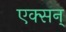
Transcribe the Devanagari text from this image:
एक्सन्